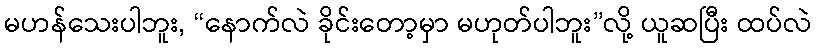
မဟန်သေးပါဘူး, “နောက်လဲ ခိုင်းတော့မှာ မဟုတ်ပါဘူး”လို့ ယူဆပြီး ထပ်လဲ